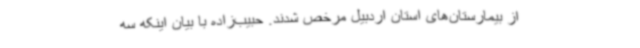
از بیمارستان‌های استان اردبیل مرخص شدند. حبیب‌زاده با بیان اینکه سه